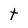
Character: t